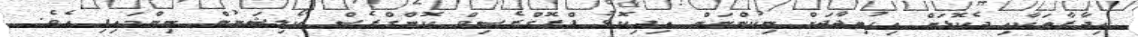
އިދާރާތަކާއި ދެކޮޅަށް އިހުތިޖާޖަށް ނިކުންނަން އިދިކޮޅު ޕްރޮގްރެސިވް ކޮންގްރެސް ކޯލިޝަނުން ނިންމައިފި އެވެ.